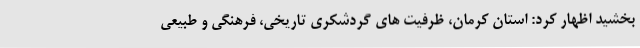
بخشید اظهار کرد: استان کرمان، ظرفیت های گردشکری تاریخی، فرهنگی و طبیعی